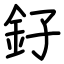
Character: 釨